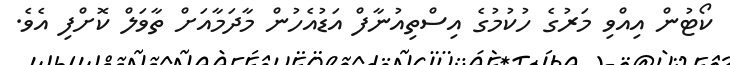
ކޯޓުން އިއްވި މަރުގެ ހުކުމުގެ އިސްތިއުނާފް އަޑުއެހުން މާދަމާއަށް ތާވަލް ކޮށްފި އެވެ.